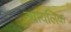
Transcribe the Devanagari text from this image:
न्यायलिक